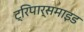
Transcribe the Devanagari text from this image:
ट्रिपार्समाइड